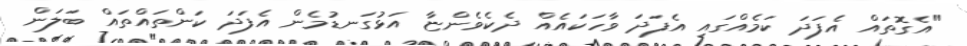
"އެގޮތައް އެފަދަ ކަމެއްގައި އެފަދަ ވާހަކައެއް ދެކެވެންޏާ އަޅުގަނޑުމެން އެފަދަ ކަންތައްތައް ބަލަން